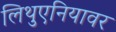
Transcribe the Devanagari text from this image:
लिथुएनियावर